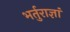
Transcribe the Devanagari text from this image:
भर्तुराज्ञां